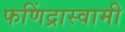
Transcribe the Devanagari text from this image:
फणिंद्रास्वामी